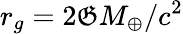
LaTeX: r_{g}={2\mathfrak{G}M_{\oplus}}/{c^{2}}